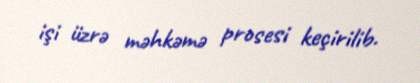
işi üzrə məhkəmə prosesi keçirilib.